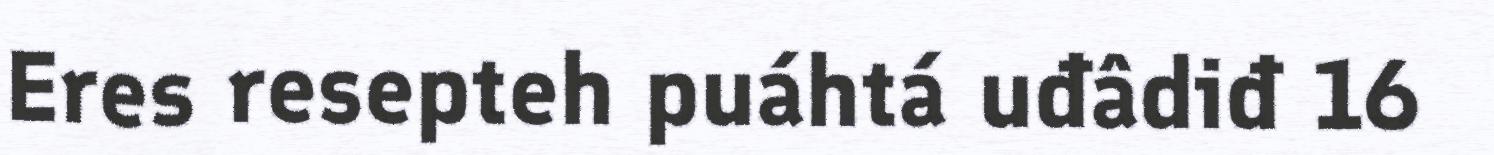
Eres resepteh puáhtá uđâdiđ 16